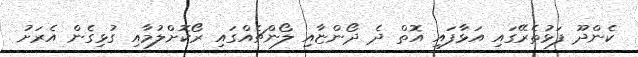
ކެންދޫ ފަޅުތެރޭގައި އަޅާފައި އޮތް ދެ ދޯންޏާއި ލޯންޗެއްގައި ރޯކޮށްލުމާއި ގުޅިގެން އެރަށު